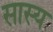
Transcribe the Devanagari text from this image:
सास्य